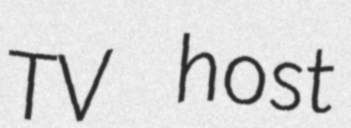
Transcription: TV host